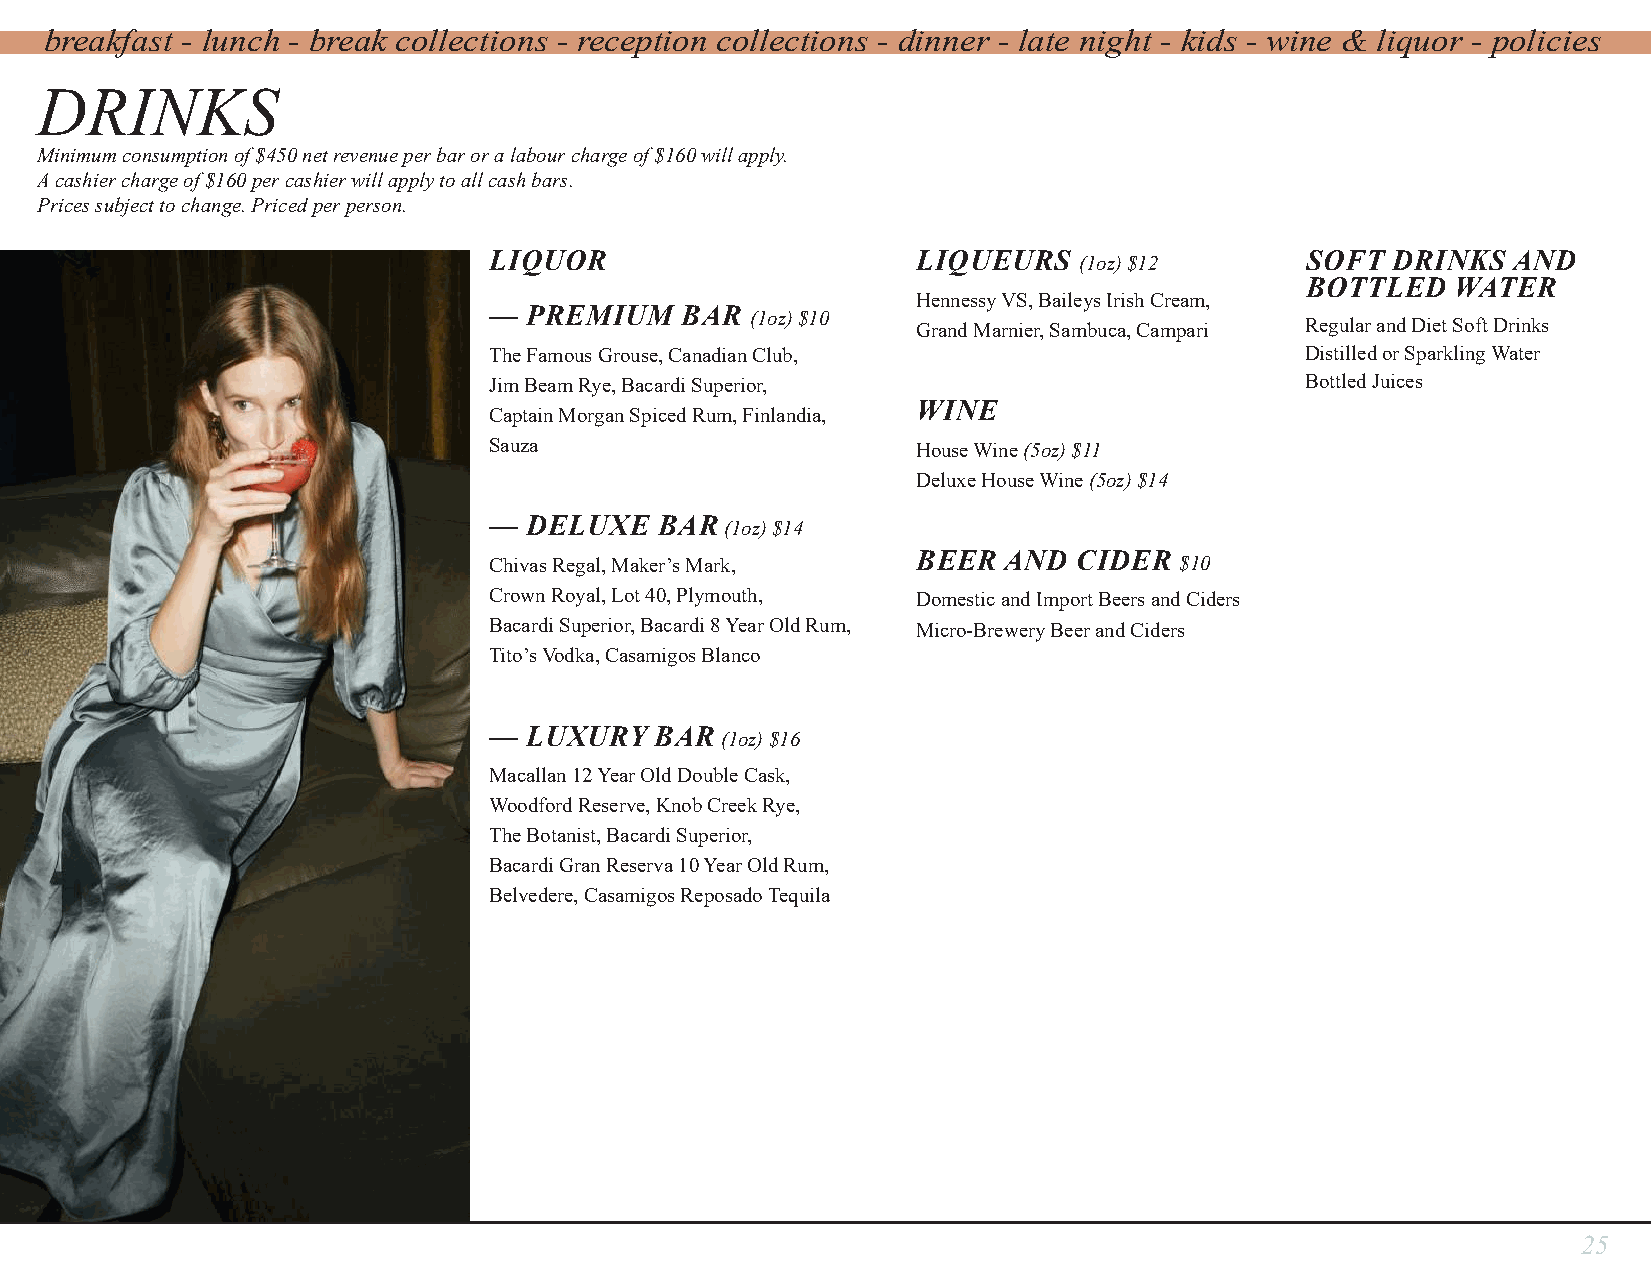
breakfast - lunch - break collections - reception collections - dinner - late night - kids - wine & liquor - policies
 DRINKS
 Minimum consumption of $450 net revenue per bar or a labour charge of $160 will apply.
 A cashier charge of $160 per cashier will apply to all cash bars.
 Prices subject to change. Priced per person.
 LIQUOR                       LIQUEURS  (1oz) $12      SOFT  DRINKS  AND
 BOTTLED   WATER
 Hennessy VS, Baileys Irish Cream,
 —  PREMIUM   BAR  (1oz) $10  Grand Marnier, Sambuca, Campari Regular and Diet Soft Drinks
 The Famous Grouse, Canadian Club,                     Distilled or Sparkling Water
 Jim Beam Rye, Bacardi Superior,                       Bottled Juices
 WINE
 Captain Morgan Spiced Rum, Finlandia,
 Sauza                        House Wine (5oz) $11
 Deluxe House Wine (5oz) $14
 —  DELUXE   BAR (1oz) $14
 Chivas Regal, Maker’s Mark,  BEER AND  CIDER  $10
 Crown Royal, Lot 40, Plymouth, Domestic and Import Beers and Ciders
 Bacardi Superior, Bacardi 8 Year Old Rum, Micro-Brewery Beer and Ciders
 Tito’s Vodka, Casamigos Blanco
 —  LUXURY  BAR  (1oz) $16
 Macallan 12 Year Old Double Cask,
 Woodford Reserve, Knob Creek Rye,
 The Botanist, Bacardi Superior,
 Bacardi Gran Reserva 10 Year Old Rum,
 Belvedere, Casamigos Reposado Tequila
 25